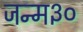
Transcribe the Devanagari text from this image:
जन्म३०